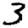
Digit: 3